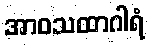
အာဝသထာဂါရံ